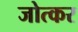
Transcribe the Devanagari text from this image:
जोत्कर